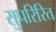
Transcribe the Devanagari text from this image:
सुपरिरित